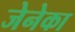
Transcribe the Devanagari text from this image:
जेनेका